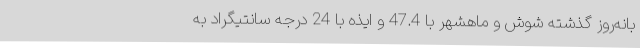
بانه‌روز گذشته شوش و ماهشهر با 47.4 و ایذه با 24 درجه سانتیگراد به